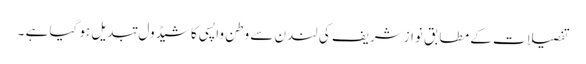
تفصیلات کے مطابق نوازشریف کی لندن سے وطن واپسی کا شیڈول تبدیل ہو گیا ہے ۔